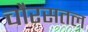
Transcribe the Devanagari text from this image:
चौरसतल